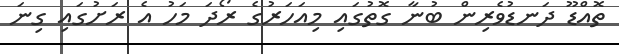
ތޮއްޑޫ ދަނޑުވެރިން ބުނާ ގޮތުގައި މިއަހަރުގެ ރޯދަ މަހު އެ ރަށުގައި ގިނަ